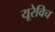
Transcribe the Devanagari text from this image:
यूरेविच